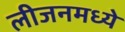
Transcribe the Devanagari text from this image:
लीजनमध्ये